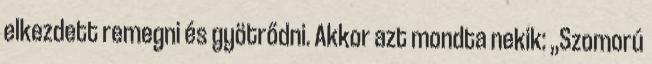
elkezdett remegni és gyötrődni. Akkor azt mondta nekik: ,,Szomorú